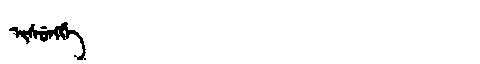
Manchu: ᡳᠰᡠᠩᡤᡝ
Romanization: ISUNGGE